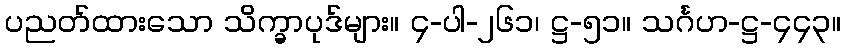
ပညတ်ထားသော သိက္ခာပုဒ်များ။ ၄-ပါ-၂၆၁၊ ဋ္ဌ-၅၁။ သင်္ဂဟ-ဋ္ဌ-၄၄၃။